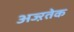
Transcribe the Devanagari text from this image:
अज्ऱतेक